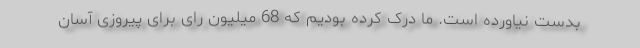
بدست نیاورده است. ما درک کرده بودیم که 68 میلیون رای برای پیروزی آسان